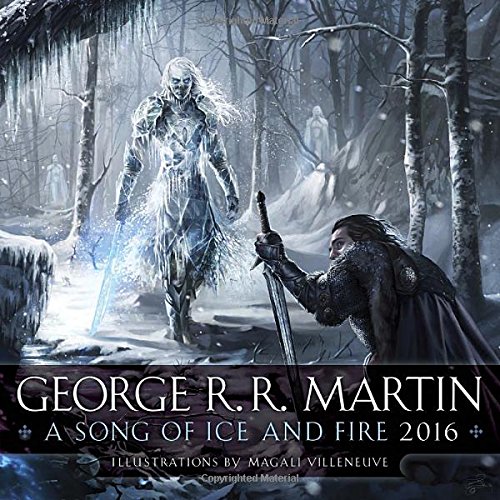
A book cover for A Song of Ice and Fire 2016 Calendar; George R. R. Martin; Calendars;